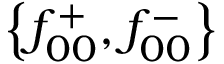
\left\{ f _ { 0 0 } ^ { + } , f _ { 0 0 } ^ { - } \right\}